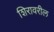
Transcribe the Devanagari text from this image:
शिरावरील